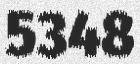
5348